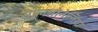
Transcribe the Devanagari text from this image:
सालमोनेलिया